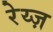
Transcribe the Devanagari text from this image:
रेय्ज़